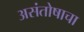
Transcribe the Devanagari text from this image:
असंतोषाचा